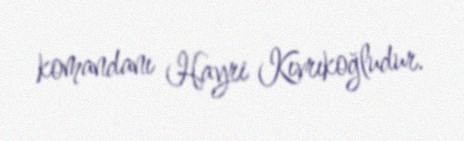
komandanı Hayri Kıvrıkoğludur.